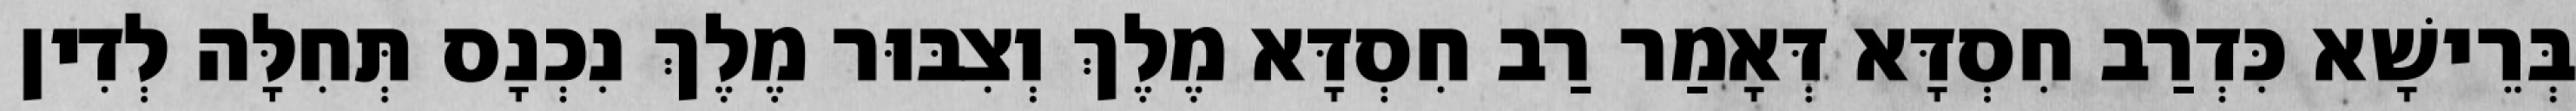
בְּרֵישָׁא כִּדְרַב חִסְדָּא דְּאָמַר רַב חִסְדָּא מֶלֶךְ וְצִבּוּר מֶלֶךְ נִכְנָס תְּחִלָּה לְדִין